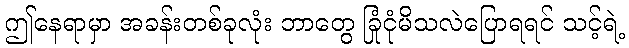
ဤနေရာမှာ အခန်းတစ်ခုလုံး ဘာတွေ ခြုံငုံမိသလဲပြောရရင် သင့်ရဲ့